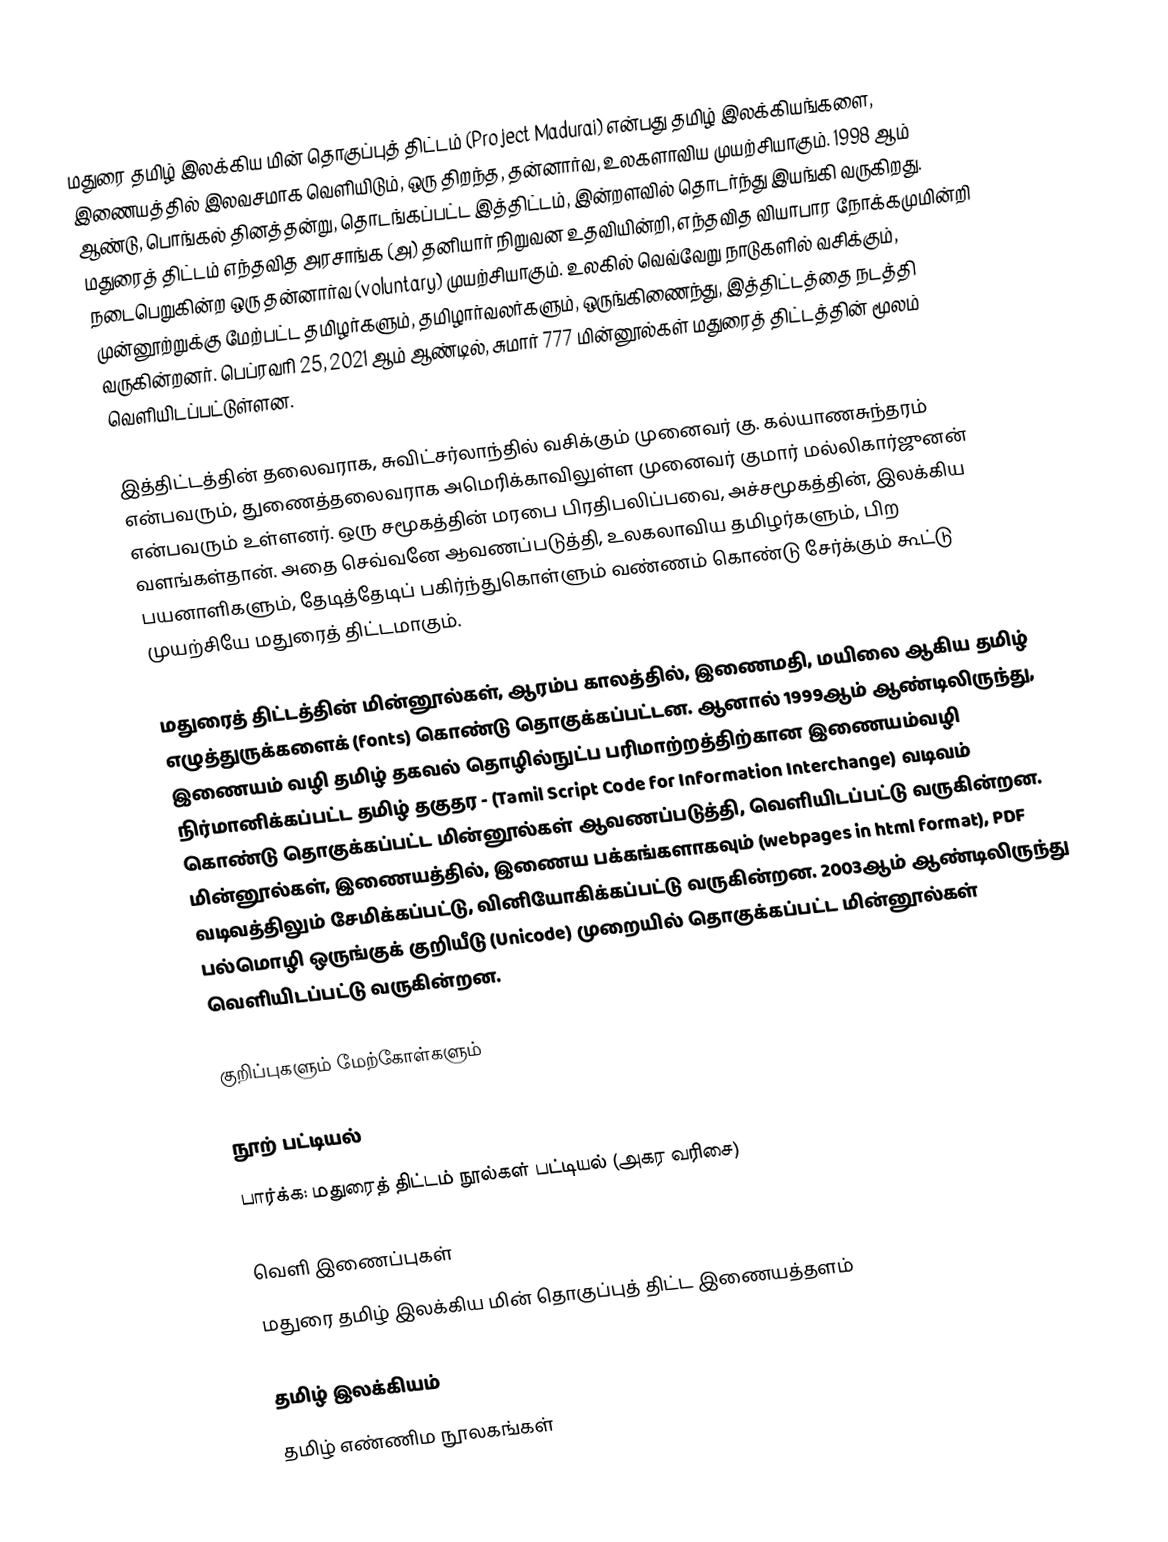
மதுரை தமிழ் இலக்கிய மின் தொகுப்புத் திட்டம் (Project Madurai) என்பது தமிழ் இலக்கியங்களை, இணையத்தில் இலவசமாக வெளியிடும், ஒரு திறந்த, தன்னார்வ, உலகளாவிய முயற்சியாகும். 1998 ஆம் ஆண்டு, பொங்கல் தினத்தன்று, தொடங்கப்பட்ட இத்திட்டம், இன்றளவில் தொடர்ந்து இயங்கி வருகிறது. மதுரைத் திட்டம் எந்தவித அரசாங்க (அ) தனியார் நிறுவன உதவியின்றி, எந்தவித வியாபார நோக்கமுமின்றி நடைபெறுகின்ற ஒரு தன்னார்வ (voluntary) முயற்சியாகும். உலகில் வெவ்வேறு நாடுகளில் வசிக்கும், முன்னூற்றுக்கு மேற்பட்ட தமிழர்களும், தமிழார்வலர்களும், ஒருங்கிணைந்து, இத்திட்டத்தை நடத்தி வருகின்றனர். பெப்ரவரி 25, 2021 ஆம் ஆண்டில், சுமார் 777 மின்னூல்கள் மதுரைத் திட்டத்தின் மூலம் வெளியிடப்பட்டுள்ளன.

இத்திட்டத்தின் தலைவராக, சுவிட்சர்லாந்தில் வசிக்கும் முனைவர் கு. கல்யாணசுந்தரம் என்பவரும், துணைத்தலைவராக அமெரிக்காவிலுள்ள முனைவர் குமார் மல்லிகார்ஜுனன் என்பவரும் உள்ளனர். ஒரு சமூகத்தின் மரபை பிரதிபலிப்பவை, அச்சமூகத்தின், இலக்கிய வளங்கள்தான். அதை செவ்வனே ஆவணப்படுத்தி, உலகலாவிய தமிழர்களும், பிற பயனாளிகளும், தேடித்தேடிப் பகிர்ந்துகொள்ளும் வண்ணம் கொண்டு  சேர்க்கும்  கூட்டு முயற்சியே மதுரைத் திட்டமாகும்.

மதுரைத் திட்டத்தின் மின்னூல்கள், ஆரம்ப காலத்தில், இணைமதி, மயிலை ஆகிய தமிழ் எழுத்துருக்களைக் (fonts) கொண்டு தொகுக்கப்பட்டன. ஆனால் 1999ஆம் ஆண்டிலிருந்து, இணையம் வழி தமிழ் தகவல் தொழில்நுட்ப பரிமாற்றத்திற்கான  இணையம்வழி நிர்மானிக்கப்பட்ட தமிழ் தகுதர  - (Tamil Script Code for Information Interchange) வடிவம் கொண்டு தொகுக்கப்பட்ட மின்னூல்கள் ஆவணப்படுத்தி, வெளியிடப்பட்டு வருகின்றன. மின்னூல்கள், இணையத்தில்,  இணைய பக்கங்களாகவும் (webpages in html format), PDF வடிவத்திலும் சேமிக்கப்பட்டு, வினியோகிக்கப்பட்டு வருகின்றன. 2003ஆம் ஆண்டிலிருந்து பல்மொழி ஒருங்குக் குறியீடு (Unicode) முறையில் தொகுக்கப்பட்ட மின்னூல்கள் வெளியிடப்பட்டு வருகின்றன.

குறிப்புகளும் மேற்கோள்களும்

நூற் பட்டியல்
பார்க்க: மதுரைத் திட்டம் நூல்கள் பட்டியல் (அகர வரிசை)

வெளி இணைப்புகள்
 மதுரை தமிழ் இலக்கிய மின் தொகுப்புத் திட்ட இணையத்தளம்

தமிழ் இலக்கியம்
தமிழ் எண்ணிம நூலகங்கள்